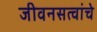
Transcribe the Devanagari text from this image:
जीवनसत्वांचे